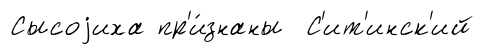
Сысоjиха пр'и́знаны С'ит'инск'ий